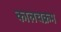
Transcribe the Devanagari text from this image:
कालचक्रम